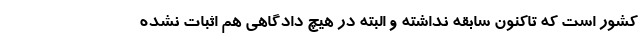
کشور است که تاکنون سابقه نداشته و البته در هیچ دادگاهی هم اثبات نشده